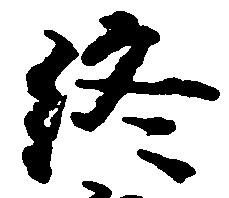
終